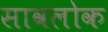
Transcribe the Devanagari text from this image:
सावलोक